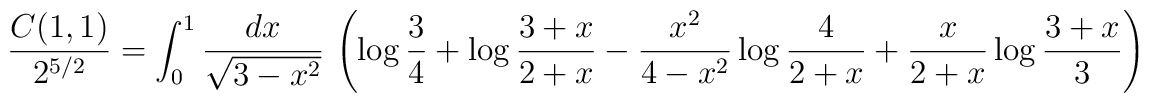
{C(1,1)\over2^{5/2}}=\int_0^1\frac{dx}{\sqrt{3-x^2}}\,\left(\log\frac34+\log\frac{3+x}{2+x}-\frac{x^2}{4-x^2}\log\frac{4}{2+x}+\frac{x}{2+x}\log\frac{3+x}{3}\right)